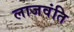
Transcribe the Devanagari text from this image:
लाजवंति